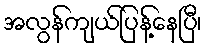
အလွန်ကျယ်ပြန့်နေပြီ၊